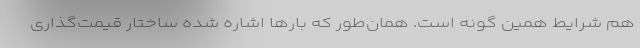
هم شرایط همین گونه است. همان‌طور که بارها اشاره شده ساختار قیمت‌گذاری